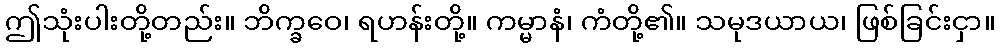
ဤသုံးပါးတို့တည်း။ ဘိက္ခဝေ၊ ရဟန်းတို့။ ကမ္မာနံ၊ ကံတို့၏။ သမုဒယာယ၊ ဖြစ်ခြင်းငှာ။